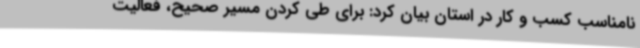
نامناسب کسب و کار در استان بیان کرد: برای طی کردن مسیر صحیح، فعالیت